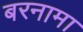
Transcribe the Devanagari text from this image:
बरनामा